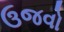
ઉજવો